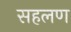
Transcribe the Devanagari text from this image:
सहलण